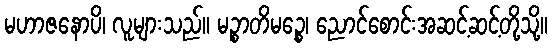
မဟာဇနောပိ၊ လူများသည်။ မဉ္စာတိမဉ္စေ၊ ညောင်စောင်းအဆင့်ဆင့်တို့သို့။